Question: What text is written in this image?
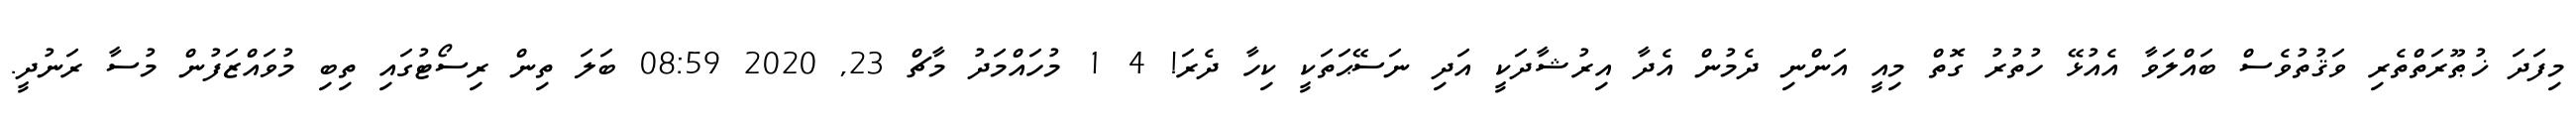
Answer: މިފަދަ ޚުޠޫރަތްތެރި ވަޤުތުވެސް ބައްލަވާ އެއުޅޭ ހުތުރު ގޮތް މިއީ އަންނި ދެމުން އެދާ އިރުޝާދަކީ އަދި ނަސޭޙަތަކީ ކިހާ ދެރަ! 4 1 މުހައްމަދު މާޗް 23, 2020 08:59 ބަލަ ތިން ރިސޯޓުގައި ތިބި މުވައްޒަފުން މުސާ ރަނުދީ.